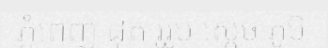
ភ្នំពេញ ដុត រូរូប ស្តេច ភូមិ